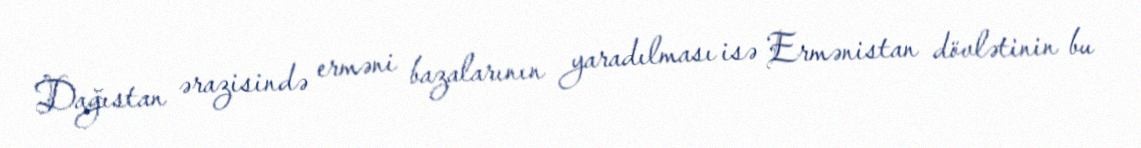
Dağıstan ərazisində erməni bazalarının yaradılması isə Ermənistan dövlətinin bu